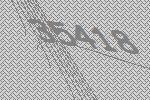
35418